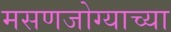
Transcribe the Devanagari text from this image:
मसणजोग्याच्या